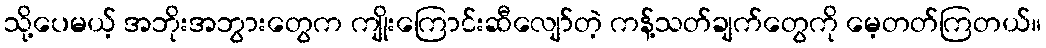
သို့ပေမယ့် အဘိုးအဘွားတွေက ကျိုးကြောင်းဆီလျော်တဲ့ ကန့်သတ်ချက်တွေကို မေ့တတ်ကြတယ်။